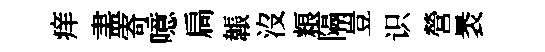
痒𥁞寄噫扃韔沒粮隔豈识營褁